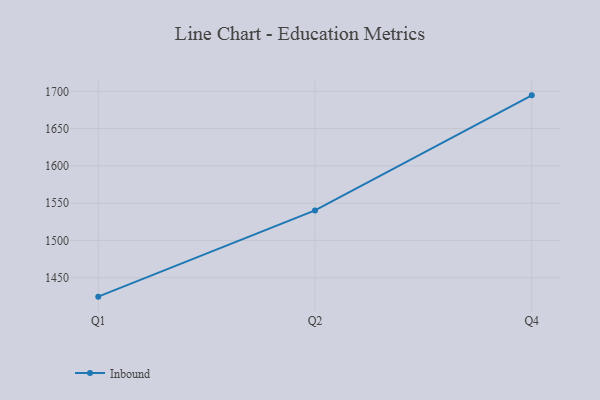
{"axis": {"x": "Quarter", "y": "Churn Rate (%)"}, "legend": ["Inbound"], "data": [{"x": "Q1", "y": 1424.6, "type": "Inbound"}, {"x": "Q2", "y": 1540.2, "type": "Inbound"}, {"x": "Q4", "y": 1694.6, "type": "Inbound"}]}